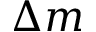
\Delta m